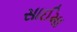
સાઈમા